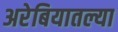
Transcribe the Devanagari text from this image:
अरेबियातल्या